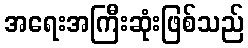
အရေးအကြီးဆုံးဖြစ်သည်